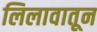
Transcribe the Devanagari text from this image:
लिलावातून